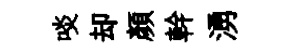
啖却顏幹湧